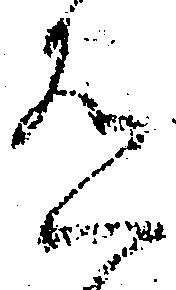
有